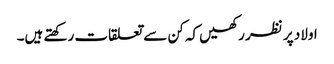
اولاد پر نظر رکھیں کہ کن سے تعلقات رکھتے ہیں۔